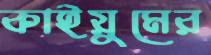
কাইয়ুমের